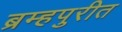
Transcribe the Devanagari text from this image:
ब्रम्हपुरीत